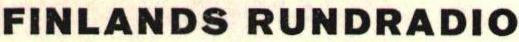
FINLANDS RUNDRADIO